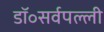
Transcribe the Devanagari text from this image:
डॉ॰सर्वपल्ली